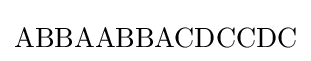
\mathrm {ABBAABBACDCCDC}